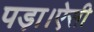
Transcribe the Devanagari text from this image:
पड़ा।ऐसी